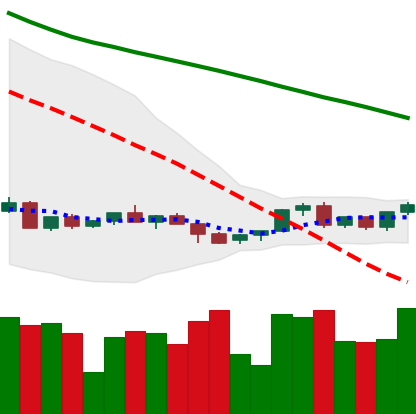
Ticker: LINK-USD
Chart end date: 2022-06-05
Forward return: 5.365%
Label: up_5_7